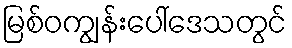
မြစ်ဝကျွန်းပေါ်ဒေသတွင်